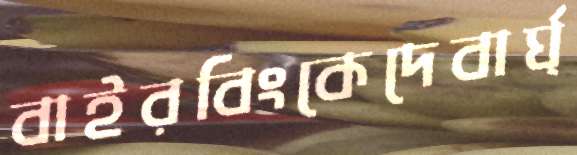
বাইরবিংকেদেবার্ঘ্